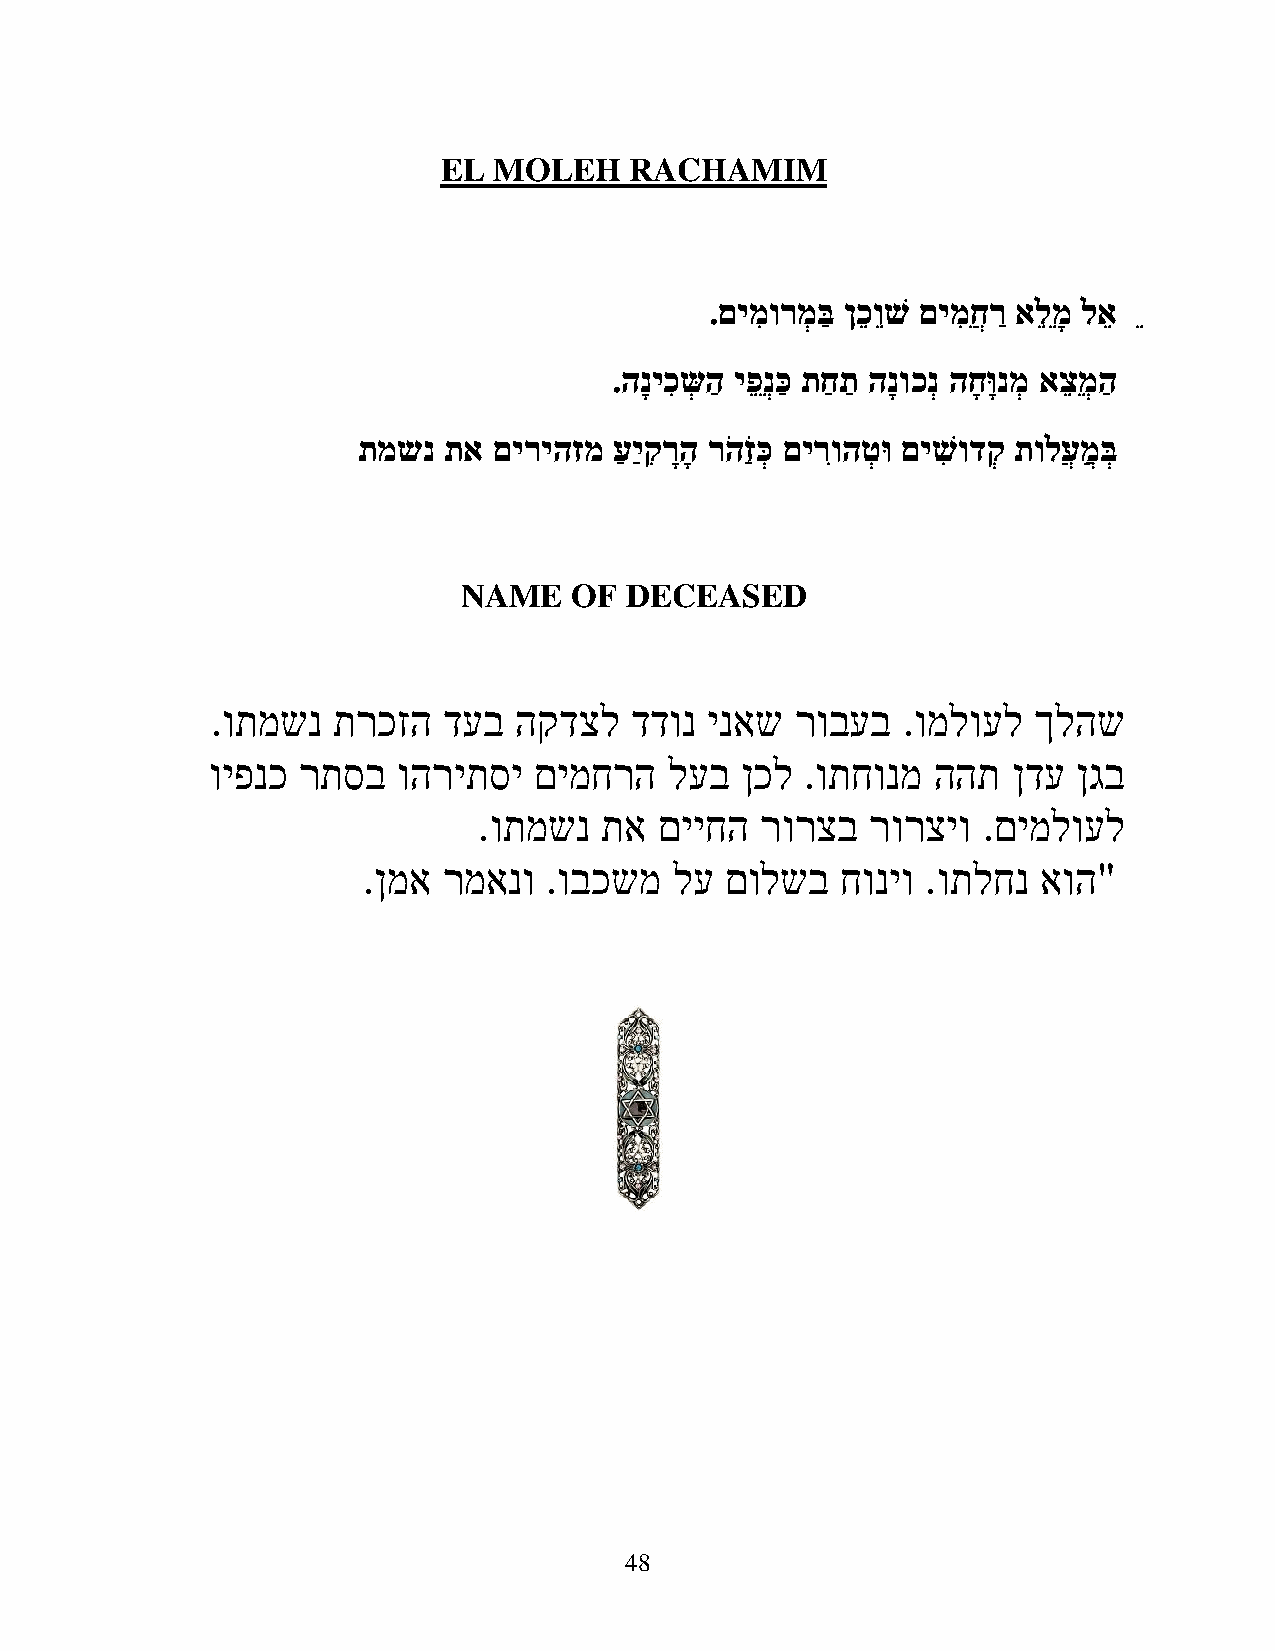
EL  MOLEH    RACHAMIM
 .םימִ ורמְ בַ ןכֵ וֵ שׁ םימִ ִחֲ רַ אלֵ ֵמ לאֵ ֵ
 .הנ יכִ שְּ הַ יפֵ ֵנְ כַ תַחַ תַַ הנ וכנְ הח ו נמְ אצֵ מֵ ְ הַ
 תַמשנ תַא םיריהזמ עַ יַ קִ ר ה ר ה זַ כְ םירִוהטְ ו םישִׁ ודקְ תַולעֲ מֲַ בְ
 NAME   OF DECEASED
 .ותמשנ  תרכזה  דעב  הקדצל   דדונ ינאש  רובעב  .ומלועל ךלהש
 ויפנכ רתסב  והריתסי  םימחרה   לעב  ןכל .ותחונמ  ההת  ןדע ןגב
 .ותמשנ  תא  םייחה רורצב   רורציו .םימלועל
 .ןמא רמאנו  .ובכשמ   לע םולשב   חוניו .ותלחנ אוה"
 48